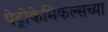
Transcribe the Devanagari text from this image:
पेट्रोकेमिकल्सच्या